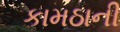
કામઠાની